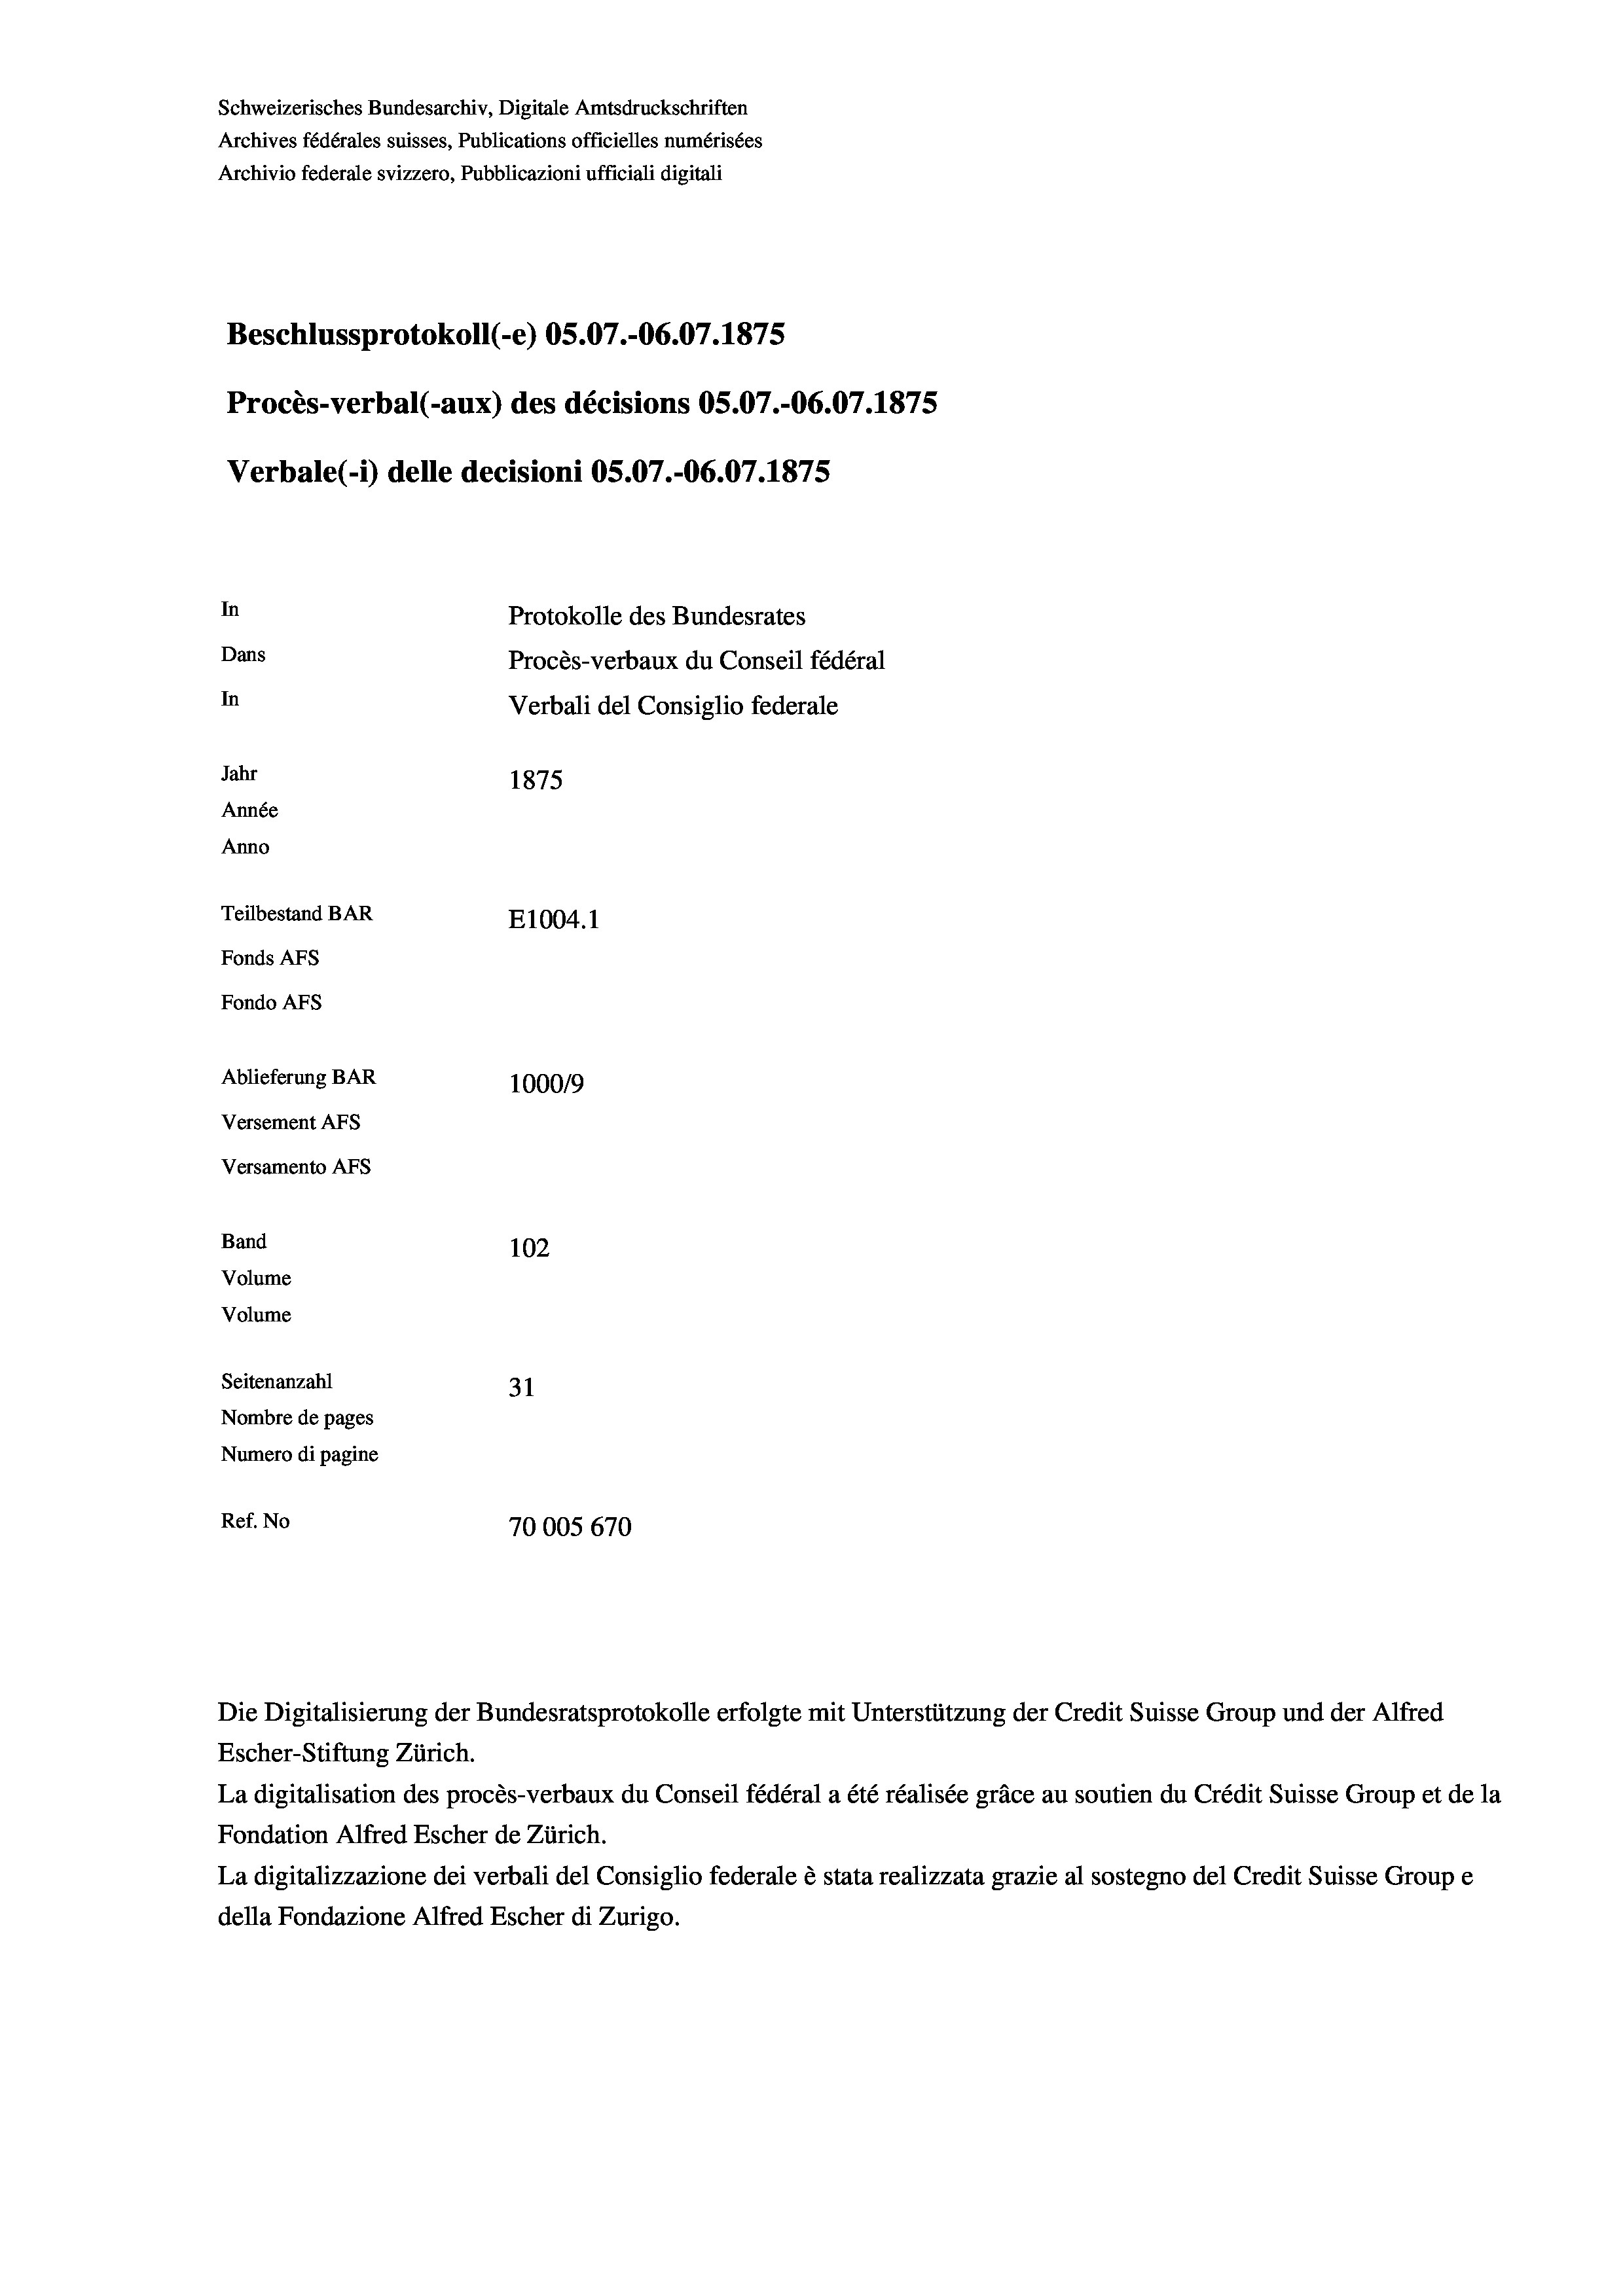
Schweizerisches Bundesarchiv, Digitale Amtsdruckschriften
Archives fédérales suisses, Publications officielles numérisées
Archivio federale svizzero, Pubblicazioni ufficiali digitali
Beschlussprotokoll (-e) 05.07.-06.07.1875
Procès-verbal (-aux) des décisions OS.07.-06.07.1875
Verbale (- 1) delle decisioni OS.07.-06.07. 1875
In
Protokolle des Bundesrates
Dans
Procès-verbaux du Conseil fédéral
In
Verbali del Consiglio federale
Jahr
1875
Année
Anno
Teilbestand BAR
E1004.1
Fonds AFs
Fondo Afs
Ablieferung BAR
100019
Versement AFs
Versamento AFs
Band
102
Volume
Volume

Seitenanzahl
31
Nombre de pages
Numero di pagine
Ref. No
70005 670

Die Digitalisierung der Bundesratsprotokolle erfolgte mit Unterstützung der Credit Suisse Group und der Alfred
Escher-Stiftung Zürich.
La digitalisation des procès-verbaux du Conseil fédéral a été réalisée gräce au soutien du Crédit Suisse Group et de la
Fondation Alfred Escher de Zürich.
La digitalizzazione dei verbali del Consiglio federale è stata realizzata grazie al sostegno del Credit Suisse Groupe
della Fondazione Alfred Escher di Zurigo.